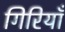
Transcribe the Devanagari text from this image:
गिरियाँ